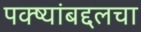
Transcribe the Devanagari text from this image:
पक्ष्यांबद्दलचा